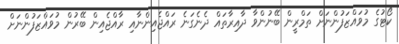
ކޯޓުގެ މުވައްޒަފުންނަށް ތަމްރީން ބޭނުންވާ ދާއިރާތައް ދެނެގަނެ ރައްޖެއިންނާއި ރާއްޖެއިން ބޭރުން މުވައްޒަފުންނަށް